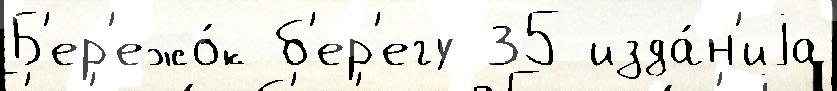
Б'ер'ежо́к б'ер'егу 35 изда́н'иjа